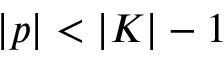
\vert p \vert < \vert K \vert - 1